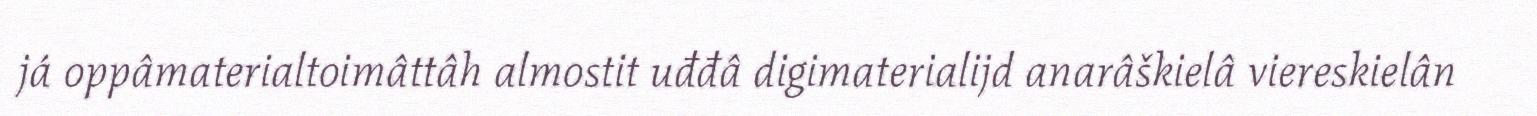
já oppâmaterialtoimâttâh almostit uđđâ digimaterialijd anarâškielâ viereskielân